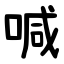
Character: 喊